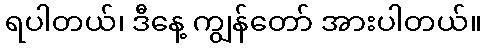
ရပါတယ်၊ ဒီနေ့ ကျွန်တော် အားပါတယ်။